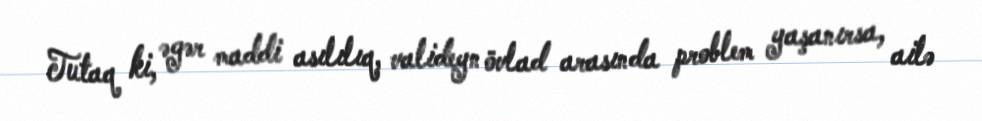
Tutaq ki, əgər maddi asılılıq, valideyn övlad arasında problem yaşanırsa, ailə